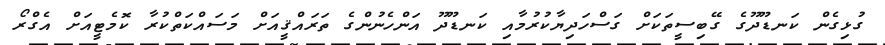
ގުޅިގެން ކަނޑޫދޫގެ ގޭބިސީތަކަށް ގަސްހަދިޔާކުރުމާއި ކަނޑޫދޫ އަންހެނުންގެ ތަރައްޤީއަށް މަސައްކަތްކުރާ ކޮމެޓީއަށް އެގްރޯ